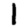
Digit: 1